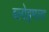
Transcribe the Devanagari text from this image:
ब्लोइमला